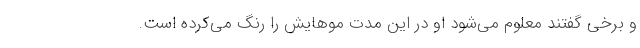
و برخی گفتند معلوم می‌شود او در این مدت موهایش را رنگ می‌کرده است.